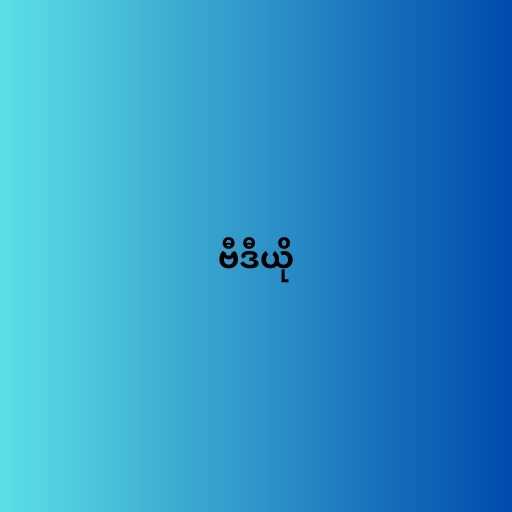
ဗီဒီယို